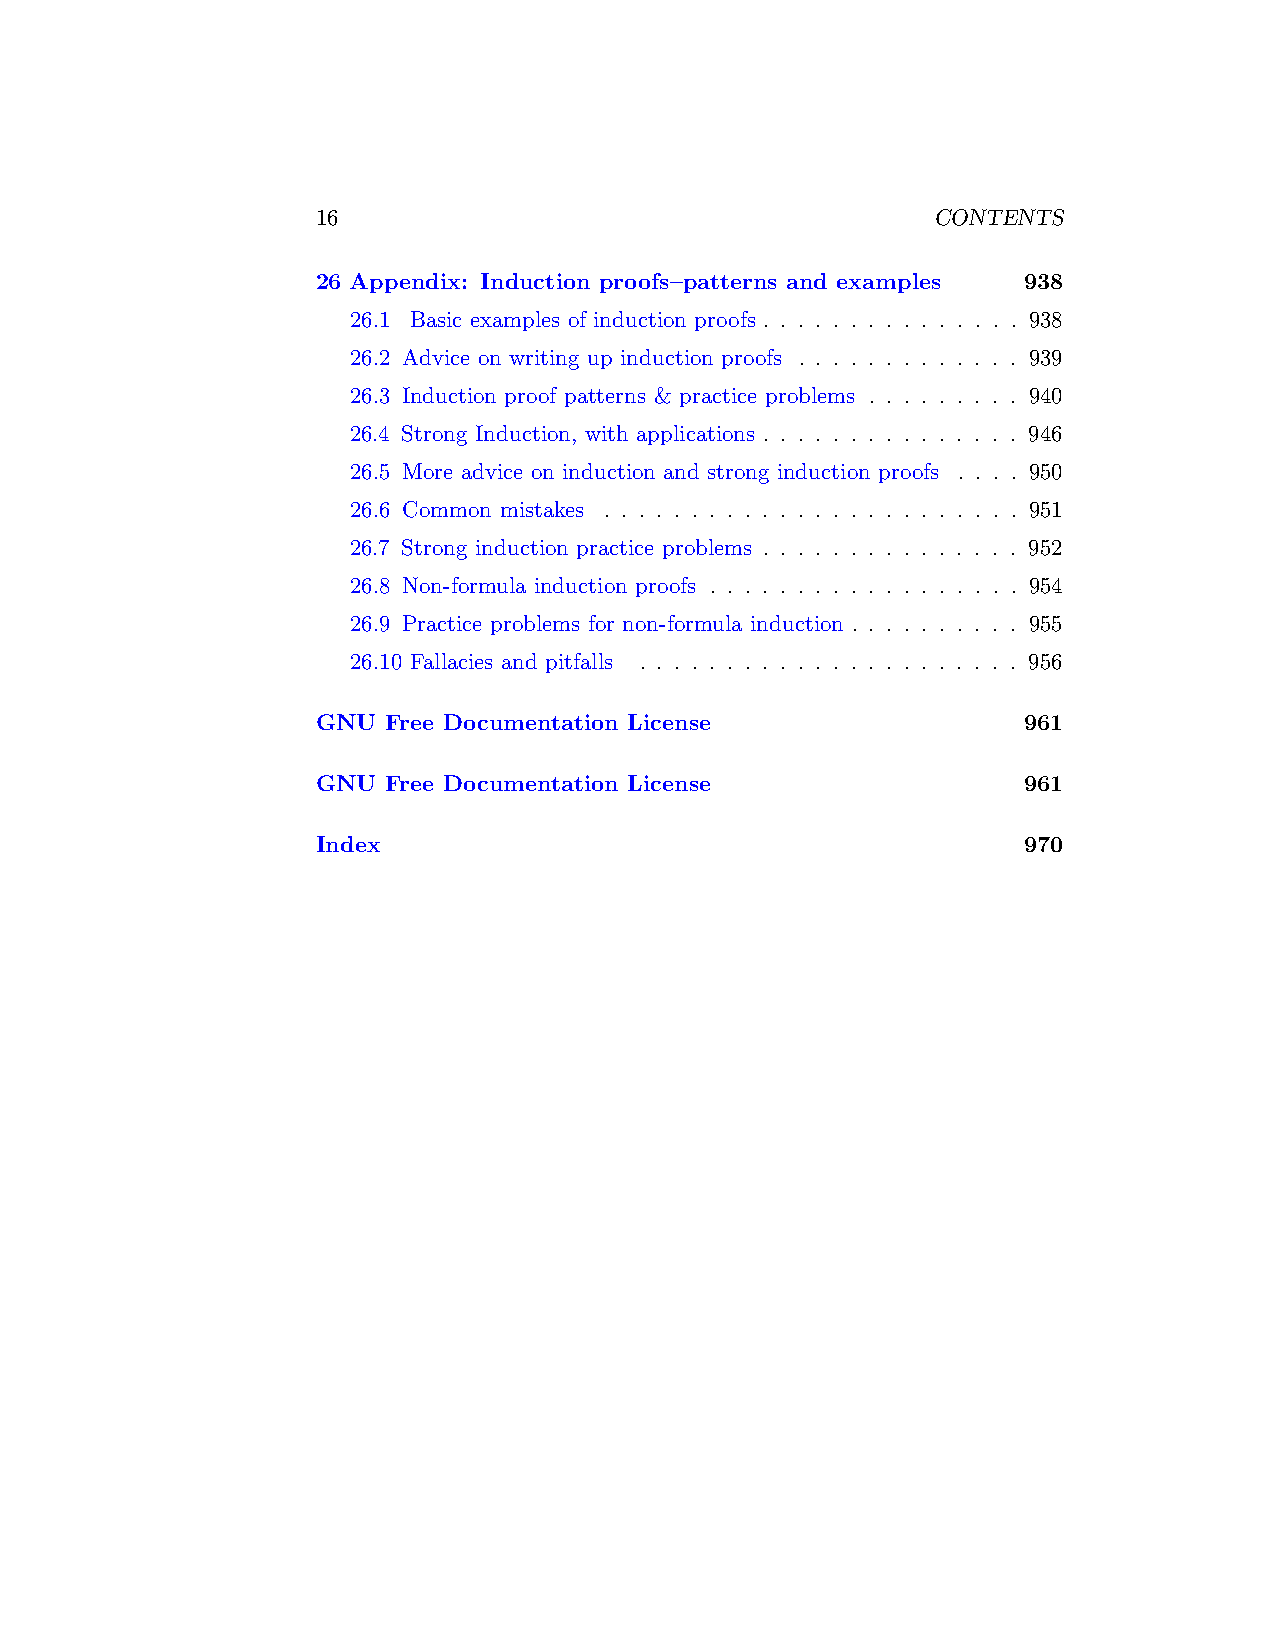
16                                       CONTENTS
 26 Appendix: Induction proofs–patterns and examples 938
 26.1 Basic examples of induction proofs . . . . . . . . . . . . . . . 938
 26.2 Advice on writing up induction proofs . . . . . . . . . . . . . 939
 26.3 Induction proof patterns & practice problems . . . . . . . . . 940
 26.4 Strong Induction, with applications . . . . . . . . . . . . . . . 946
 26.5 More advice on induction and strong induction proofs . . . . 950
 26.6 Common mistakes . . . . . . . . . . . . . . . . . . . . . . . . 951
 26.7 Strong induction practice problems . . . . . . . . . . . . . . . 952
 26.8 Non-formula induction proofs . . . . . . . . . . . . . . . . . . 954
 26.9 Practice problems for non-formula induction . . . . . . . . . . 955
 26.10 Fallacies and pitfalls . . . . . . . . . . . . . . . . . . . . . . 956
 GNU  Free Documentation License                961
 GNU  Free Documentation License                961
 Index                                          970